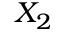
X _ { 2 }